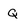
Character: Q